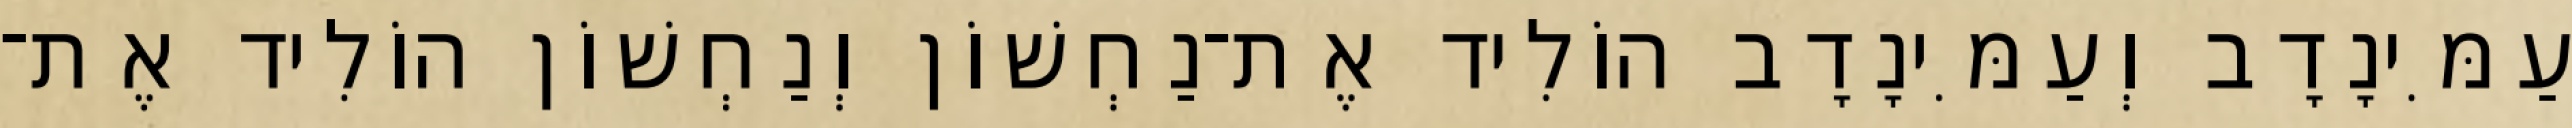
עַמִּינָדָב וְעַמִּינָדָב הוֹלִיד אֶת־נַחְשׁוֹן וְנַחְשׁוֹן הוֹלִיד אֶת־